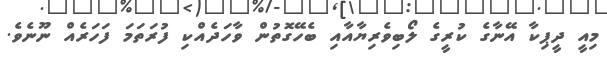
މިއީ ދީޕިކާ އޭނާގެ ކުރީގެ ލޯބިވެރިޔާއާއި ބެހޭގޮތުން ވާހަދެއްކި ފުރަތަމަ ފަހަރެއް ނޫނެވެ.